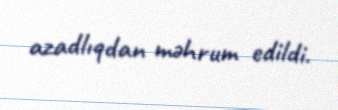
azadlıqdan məhrum edildi.